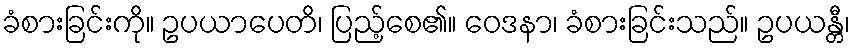
ခံစားခြင်းကို။ ဥပယာပေတိ၊ ပြည့်စေ၏။ ဝေဒနာ၊ ခံစားခြင်းသည်။ ဥပယန္တီ၊